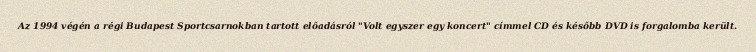
Az 1994 végén a régi Budapest Sportcsarnokban tartott előadásról "Volt egyszer egy koncert" címmel CD és később DVD is forgalomba került.